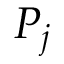
P _ { j }